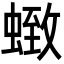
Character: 𮔩